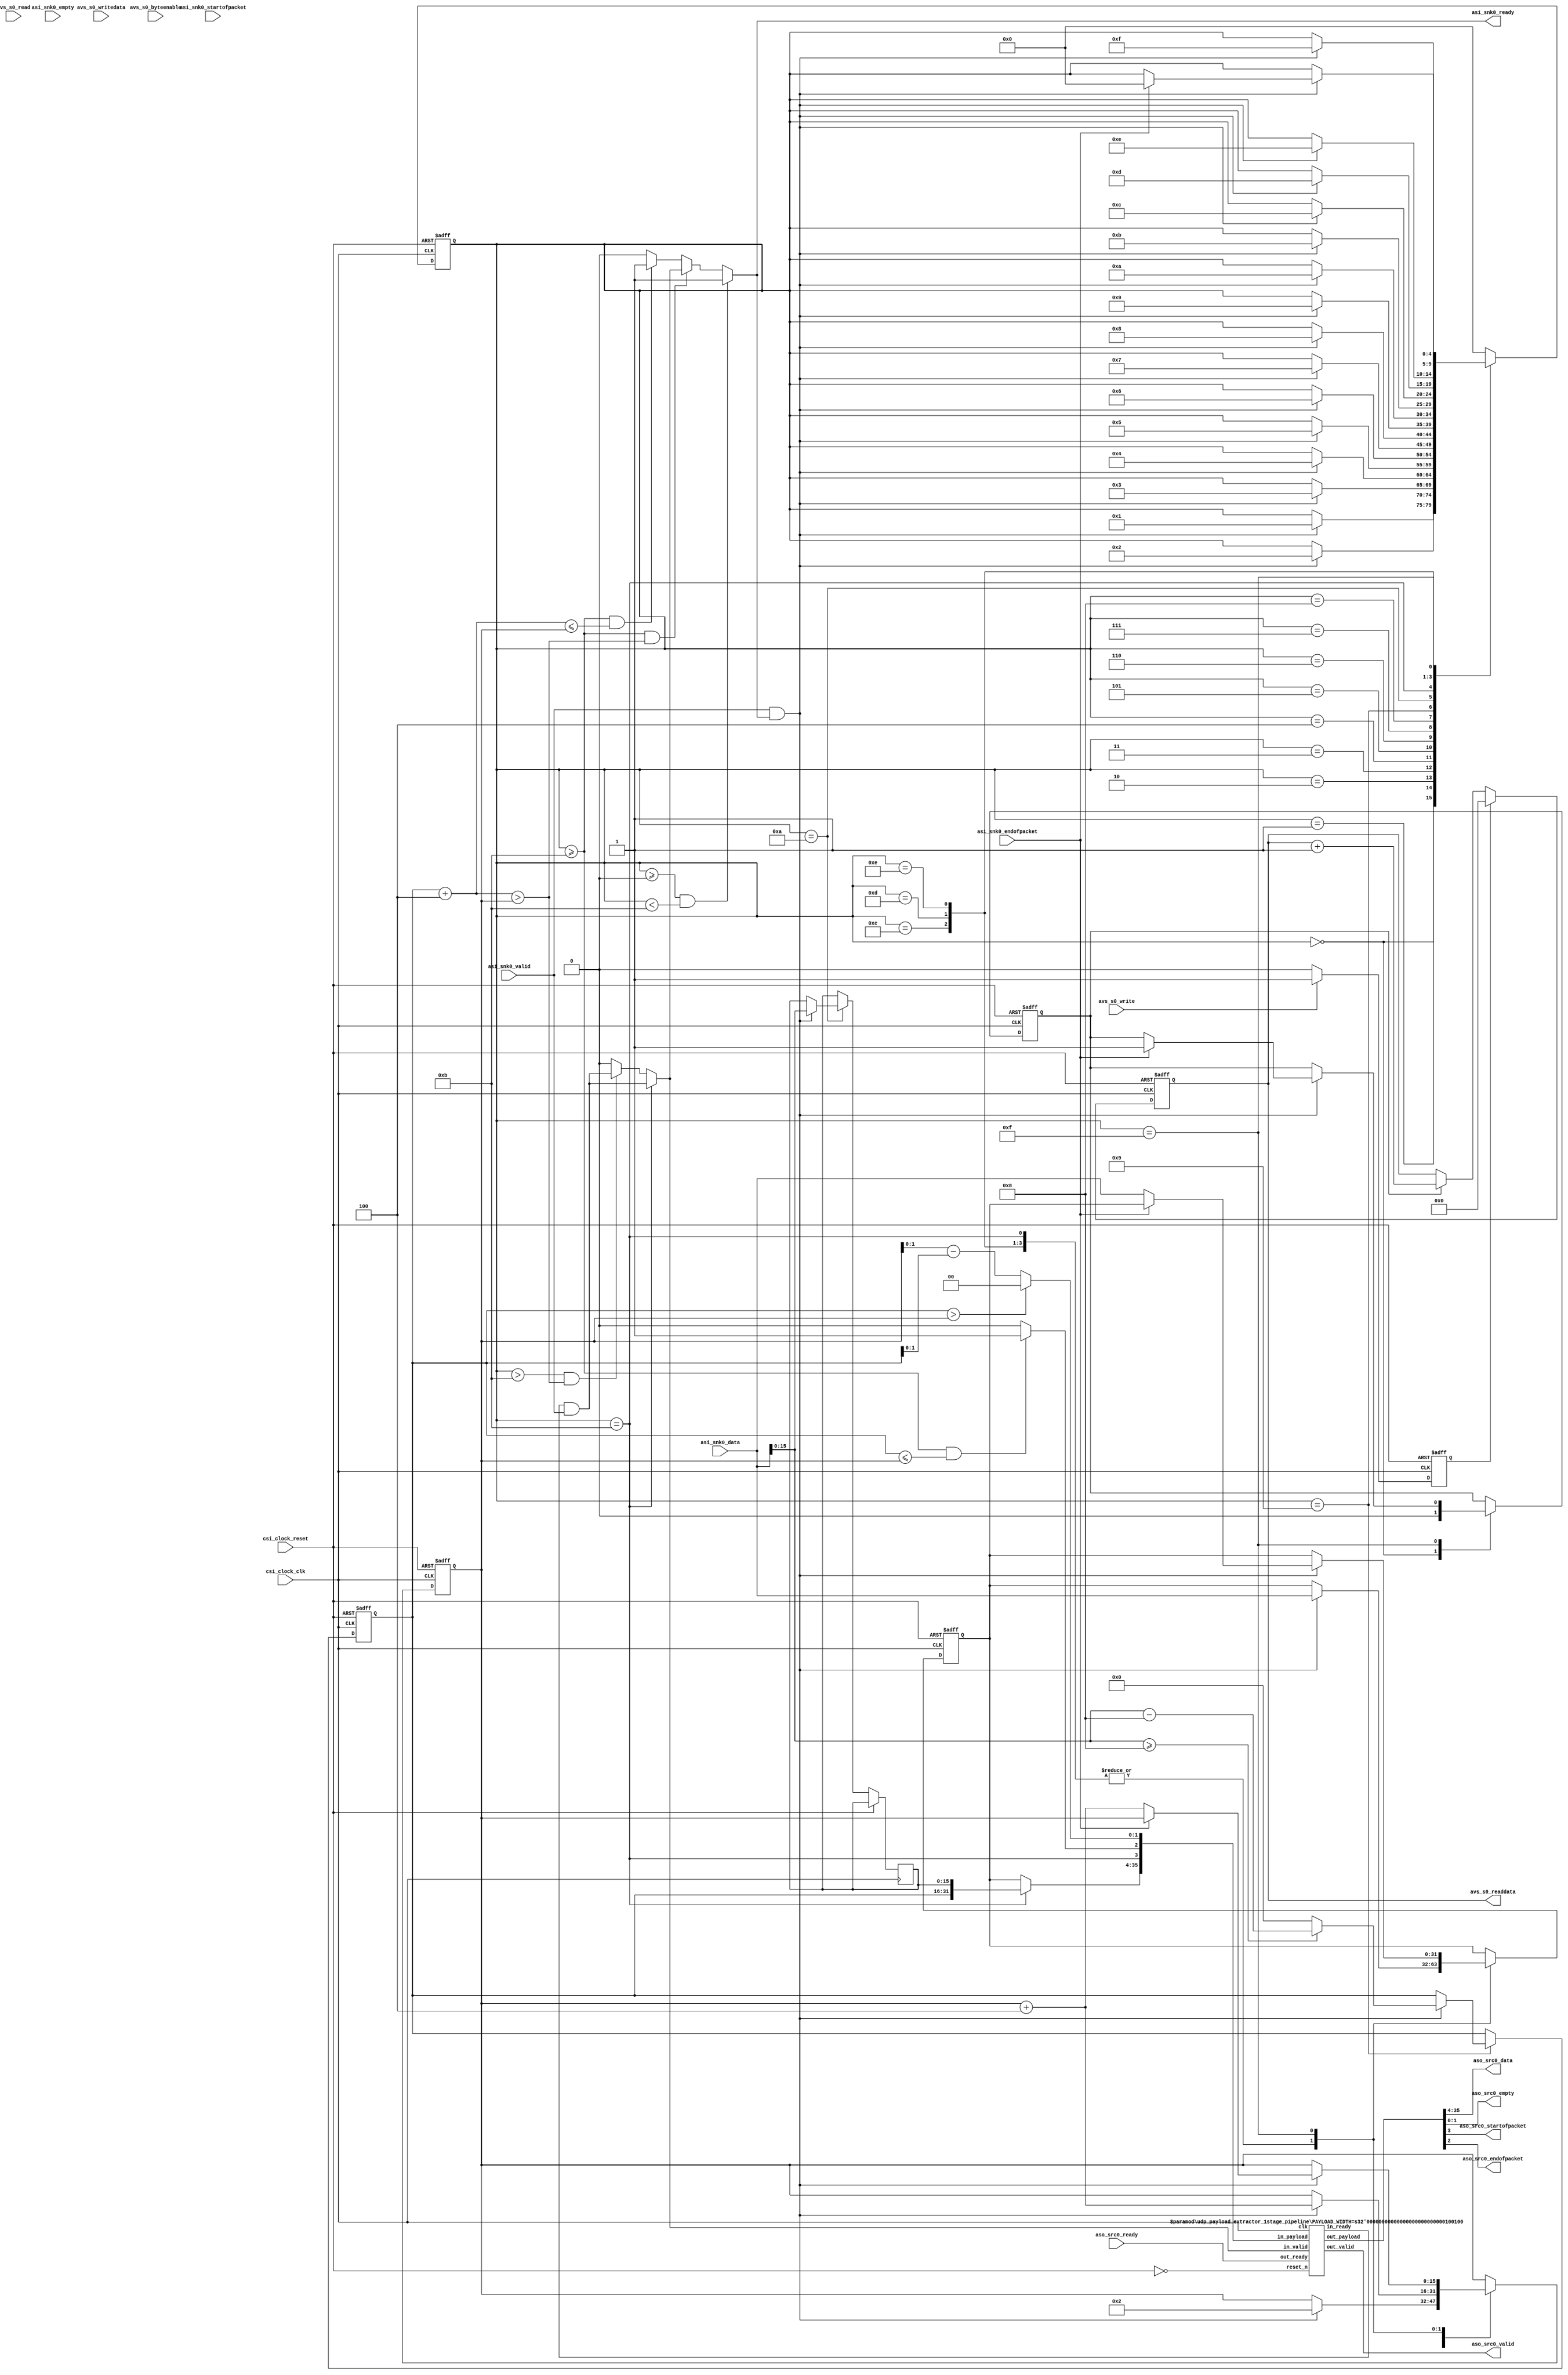
//
//	udp_payload_extractor
//
//	This component extracts the UDP payload out of an Ethernet packet and
//	forwards it in a RAW proprietary packet format.  This component assumes
//	that the input packet is a valid UDP packet within an Ethernet frame.
//	The input and output for the packet data thru this component are provided
//	by an Avalon ST sink and source interface.  Status information is collected
//	thru an Avalon MM slave interface.
//
//  The standard format of each of the header layers is illustrated below, you
//  can think of each layer being wrapped in the payload section of the layer
//  above it, with the Ethernet packet layout being the outer most wrapper.
//  
//  Standard Ethernet Packet Layout
//  |-------------------------------------------------------|
//  |                Destination MAC Address                |
//  |                           ----------------------------|
//  |                           |                           |
//  |----------------------------                           |
//  |                  Source MAC Address                   |
//  |-------------------------------------------------------|
//  |         EtherType         |                           |
//  |----------------------------                           |
//  |                                                       |
//  |                   Ethernet Payload                    |
//  |                                                       |
//  |-------------------------------------------------------|
//  |                 Frame Check Sequence                  |
//  |-------------------------------------------------------|
//
//  Standard IP Packet Layout
//  |-------------------------------------------------------|
//  | VER  | HLEN |     TOS     |       Total Length        |
//  |-------------------------------------------------------|
//  |       Identification      | FLGS |    FRAG OFFSET     |
//  |-------------------------------------------------------|
//  |     TTL     |    PROTO    |      Header Checksum      |
//  |-------------------------------------------------------|
//  |                   Source IP Address                   |
//  |-------------------------------------------------------|
//  |                Destination IP Address                 |
//  |-------------------------------------------------------|
//  |                                                       |
//  |                      IP Payload                       |
//  |                                                       |
//  |-------------------------------------------------------|
//
//  Standard UDP Packet Layout
//  |-------------------------------------------------------|
//  |      Source UDP Port      |   Destination UDP Port    |
//  |-------------------------------------------------------|
//  |    UDP Message Length     |       UDP Checksum        |
//  |-------------------------------------------------------|
//  |                                                       |
//  |                      UDP Payload                      |
//  |                                                       |
//  |-------------------------------------------------------|
//
//  Proprietary RAW Output Packet Layout
//  |-------------------------------------------------------|
//  |       Packet Length       |                           |
//  |----------------------------                           |
//  |                                                       |
//  |                    Packet Payload                     |
//  |                                                       |
//  |-------------------------------------------------------|
//
//  The general payload extraction flows like this:
//  
//	This component begins by receiving the Ethenet packet on its Avalon ST
//	interface.  It is assumed that the Ethernet packet contains a valid UDP
//	packet that we wish to extract the payload from.  This component assumes
//	that the Ethernet MAC header is the first 14 bytes, followed by a standard
//	IP header of 20 bytes, followed by a standard UDP header of 8 bytes.  If
//	the packet format does not follow these assumptions, then it should not be
//	sent into this component.  This component will discard all of the protocol
//	headers until it gets to the UDP Message Length field, where it will read
//	the length value and use that to create the length field of the RAW output
//	packet that it creates for the UDP payload.  Once the payload length is
//	known, this component will create a RAW output packet that has the length
//	of the RAW packet payload as its first two bytes, followed by the UDP
//	payload from the input packet.
//
//	The RAW output packet will only contain the number of bytes indicated in
//	the UDP header for its payload.  Any Ethernet payload pad bytes as well as
//	the Frame Check Sequence will be discarded.
//
//  ---------------------------------------------------------------------------
//  Register Map
//  ---------------------------------------------------------------------------
//  
//  The slave interface for the udp_payload_extractor contains one 32-bit
//	register with the following layout:
//  
//  Register 0 - Packet Count Register
//      Bits [31:0] - R/WC - this is the number of packets that have been
//                  processed since the last reset or clearing of this register.
//                  
//  R - Readable
//  W - Writeable
//  WC - Clear on Write
//

module udp_payload_extractor
(
	// clock interface
	input 			csi_clock_clk,
	input 			csi_clock_reset,
	
	// slave interface
	input			avs_s0_write,
	input			avs_s0_read,
	input	[3:0]	avs_s0_byteenable,
	input	[31:0]	avs_s0_writedata,
	output	[31:0]	avs_s0_readdata,
	
	// source interface
	output				aso_src0_valid,
	input				aso_src0_ready,
	output	reg	[31:0]	aso_src0_data,
	output	reg	[1:0]	aso_src0_empty,
	output	reg			aso_src0_startofpacket,
	output	reg			aso_src0_endofpacket,
	
	// sink interface
	input			asi_snk0_valid,
	output			asi_snk0_ready,
	input	[31:0]	asi_snk0_data,
	input	[1:0]	asi_snk0_empty,
	input			asi_snk0_startofpacket,
	input			asi_snk0_endofpacket
);

localparam [4:0] STATE_PW_0		= 5'd0;
localparam [4:0] STATE_PW_1		= 5'd1;
localparam [4:0] STATE_PW_2		= 5'd2;
localparam [4:0] STATE_PW_3		= 5'd3;
localparam [4:0] STATE_PW_4		= 5'd4;
localparam [4:0] STATE_PW_5		= 5'd5;
localparam [4:0] STATE_PW_6		= 5'd6;
localparam [4:0] STATE_PW_7		= 5'd7;
localparam [4:0] STATE_PW_8		= 5'd8;
localparam [4:0] STATE_PW_9		= 5'd9;
localparam [4:0] STATE_PW_10	= 5'd10;
localparam [4:0] STATE_PW_11	= 5'd11;
localparam [4:0] STATE_PW_12	= 5'd12;
localparam [4:0] STATE_PW_13	= 5'd13;
localparam [4:0] STATE_PW_14	= 5'd14;
localparam [4:0] STATE_PW_N		= 5'd15;

reg		[15:0]	raw_length;
reg		[15:0]	byte_count;
reg		[4:0]	state;
reg		[15:0]	first_two_bytes;
reg		[31:0]	sink_data;
reg				count_packet;
reg				clear_packet_count;
reg		[31:0]	packet_count;
wire			sink_cycle;
wire	[15:0]	empty_calc;

wire			pipe_src0_ready;
wire			pipe_src0_valid;
wire	[31:0]	pipe_src0_data;
wire			pipe_src0_startofpacket;
wire			pipe_src0_endofpacket;
wire	[1:0]	pipe_src0_empty;
reg		[35:0]	in_payload;
wire	[35:0]	out_payload;

//
// misc computations
//
assign empty_calc = byte_count - raw_length;

//
// packet transmit state machine
//
assign pipe_src0_data =	(state == STATE_PW_11) ? ({raw_length, first_two_bytes}) : (sink_data);

assign pipe_src0_valid =	(state == STATE_PW_11) ? (pipe_src0_ready & asi_snk0_valid) :
						((state > STATE_PW_11) && ((raw_length + 4) > byte_count)) ? (pipe_src0_ready & asi_snk0_valid) :
						(1'b0);
						
assign pipe_src0_empty =	(raw_length > byte_count) ? (2'h0) : (empty_calc[1:0]);

assign pipe_src0_startofpacket = (state == STATE_PW_11);

assign pipe_src0_endofpacket =	((state >= STATE_PW_11) && (raw_length <= byte_count)) ? (1'b1) :
								(1'b0);

assign asi_snk0_ready =	((state >= STATE_PW_0) && (state < STATE_PW_11)) ? (1'b1) :
						((state >= STATE_PW_11) && ((raw_length + 4) > byte_count)) ? (pipe_src0_valid) :
						((state >= STATE_PW_11) && ((raw_length + 4) <= byte_count)) ? (1'b1) :
						(1'b0);

assign sink_cycle = asi_snk0_valid & asi_snk0_ready;

always @ (posedge csi_clock_clk or posedge csi_clock_reset)
begin
	if(csi_clock_reset)
	begin
		state			<= STATE_PW_0;
		sink_data		<= 0;
		count_packet	<= 0;
		raw_length		<= 0;
		byte_count		<= 0;
	end
	else
	begin
		case(state)
		STATE_PW_0:
		begin
			count_packet	<= 1'b0;
		
			if(sink_cycle)
			begin
				state <= STATE_PW_1;
			end
		end
		STATE_PW_1:
		begin
			if(sink_cycle)
			begin
				state <= STATE_PW_2;
			end
		end
		STATE_PW_2:
		begin
			if(sink_cycle)
			begin
				state <= STATE_PW_3;
			end
		end
		STATE_PW_3:
		begin
			if(sink_cycle)
			begin
				state <= STATE_PW_4;
			end
		end
		STATE_PW_4:
		begin
			if(sink_cycle)
			begin
				state <= STATE_PW_5;
			end
		end
		STATE_PW_5:
		begin
			if(sink_cycle)
			begin
				state <= STATE_PW_6;
			end
		end
		STATE_PW_6:
		begin
			if(sink_cycle)
			begin
				state <= STATE_PW_7;
			end
		end
		STATE_PW_7:
		begin
			if(sink_cycle)
			begin
				state <= STATE_PW_8;
			end
		end
		STATE_PW_8:
		begin
			if(sink_cycle)
			begin
				state <= STATE_PW_9;
			end
		end
		STATE_PW_9:
		begin
			if(sink_cycle)
			begin
				state <= STATE_PW_10;

				// udp_length field, subtract off the udp header length
				raw_length	<= (asi_snk0_data[15:0] >= 8) ? (asi_snk0_data[15:0] - 8) : (0);
			end
		end
		STATE_PW_10:
		begin
			if(sink_cycle)
			begin
				state <= STATE_PW_11;
				
				first_two_bytes	<= asi_snk0_data[15:0];
				byte_count		<= 2;
			end
		end
		STATE_PW_11:
		begin
			if(sink_cycle)
			begin
				state <= STATE_PW_12;
				
				sink_data	<= asi_snk0_data;
				byte_count	<= byte_count + 4;
			end
		end
		STATE_PW_12:
		begin
			if(sink_cycle)
			begin
				state <= STATE_PW_13;
				
				sink_data	<= asi_snk0_data;
				byte_count	<= byte_count + 4;
			end
		end
		STATE_PW_13:
		begin
			if(sink_cycle)
			begin
				state <= STATE_PW_14;
				
				sink_data	<= asi_snk0_data;
				byte_count	<= byte_count + 4;
			end
		end
		STATE_PW_14:
		begin
			if(sink_cycle)
			begin
				state <= STATE_PW_N;
					
				sink_data	<= asi_snk0_data;
				byte_count	<= byte_count + 4;
			end
		end
		STATE_PW_N:
		begin
			if(sink_cycle)
			begin
				if(asi_snk0_endofpacket)
				begin
					state			<= STATE_PW_0;
					count_packet	<= 1'b1;
				end
				else
				begin
					sink_data	<= asi_snk0_data;
					byte_count	<= byte_count + 4;
				end
			end
		end
		default:
		begin
			state <= STATE_PW_0;
		end
		endcase
	end
end

//
// packet_count state machine
//
always @ (posedge csi_clock_clk or posedge csi_clock_reset)
begin
	if(csi_clock_reset)
	begin
		packet_count	<= 0;
	end
	else if(clear_packet_count)
	begin
		packet_count	<= 0;
	end
	else if(count_packet)
	begin
		packet_count	<= packet_count + 1;
	end
end

//
// slave interface machine
//
assign avs_s0_readdata	= packet_count;

always @ (posedge csi_clock_clk or posedge csi_clock_reset)
begin
	if(csi_clock_reset)
	begin
		clear_packet_count <= 0;
	end
	else if(avs_s0_write)
	begin
		clear_packet_count <= 1;
	end
	else
	begin
		clear_packet_count <= 0;
	end
end

//
// output Pipeline
//
udp_payload_extractor_1stage_pipeline #( .PAYLOAD_WIDTH( 36 ) ) outpipe (
	.clk			(csi_clock_clk ),
	.reset_n		(~csi_clock_reset),
	.in_ready		(pipe_src0_ready),
	.in_valid		(pipe_src0_valid), 
	.in_payload		(in_payload),
	.out_ready		(aso_src0_ready), 
	.out_valid		(aso_src0_valid), 
	.out_payload	(out_payload)
);

//
// Output Mapping
//
always @* begin
	in_payload <= {pipe_src0_data, pipe_src0_startofpacket, pipe_src0_endofpacket, pipe_src0_empty};
	{aso_src0_data, aso_src0_startofpacket, aso_src0_endofpacket, aso_src0_empty} <= out_payload;
end

endmodule

//  --------------------------------------------------------------------------------
// | single buffered pipeline stage
//  --------------------------------------------------------------------------------
module udp_payload_extractor_1stage_pipeline  
#( parameter PAYLOAD_WIDTH = 8 )
 ( input                          clk,
   input                          reset_n, 
   output reg                     in_ready,
   input                          in_valid,   
   input      [PAYLOAD_WIDTH-1:0] in_payload,
   input                          out_ready,   
   output reg                     out_valid,
   output reg [PAYLOAD_WIDTH-1:0] out_payload      
 );
      
   always @* begin
     in_ready <= out_ready || ~out_valid;
   end
   
   always @ (negedge reset_n, posedge clk) begin
      if (!reset_n) begin
         out_valid <= 0;
         out_payload <= 0;
      end else begin
         if (in_valid) begin
           out_valid <= 1;
         end else if (out_ready) begin
           out_valid <= 0;
         end
         
         if(in_valid && in_ready) begin
            out_payload <= in_payload;
         end
      end
   end

endmodule